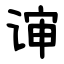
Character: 谉